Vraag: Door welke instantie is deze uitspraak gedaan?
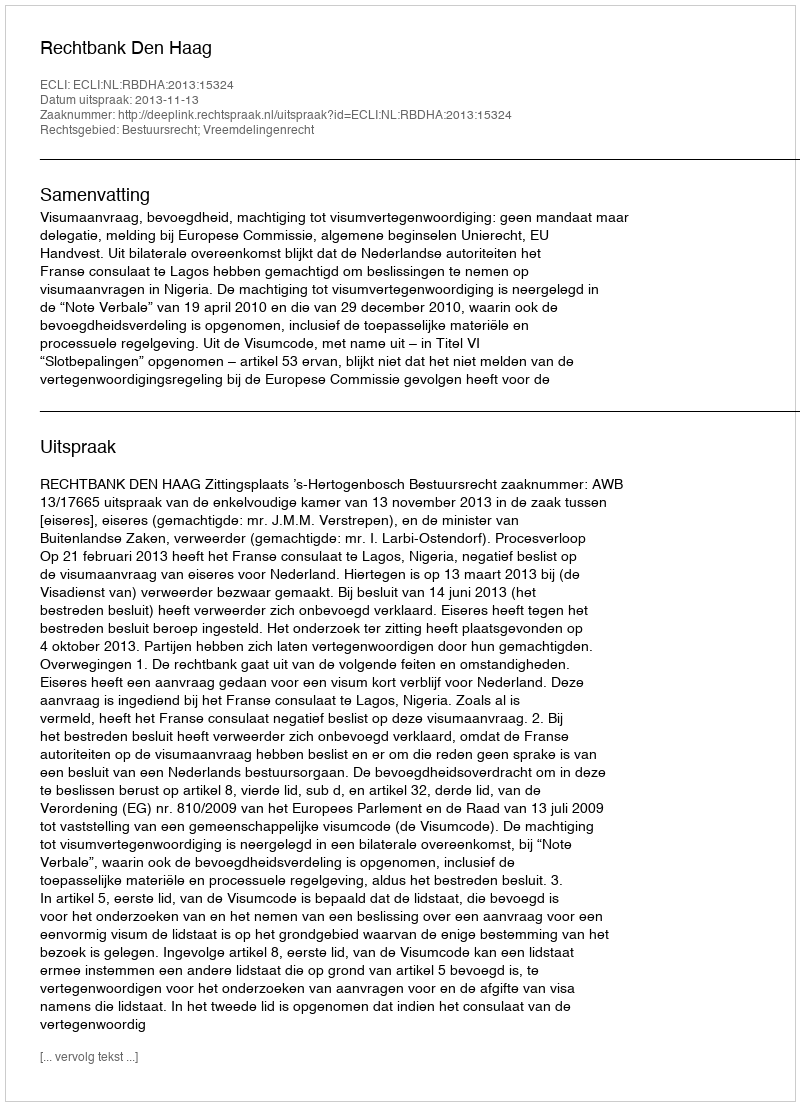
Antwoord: Rechtbank Den Haag